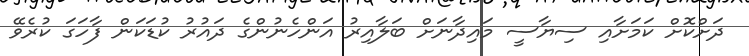
ދަށްކޮށް ކަމަށާއި ސިޔާސީ މައިދާނަށް ބަލާއިރު އަންހެނުންގެ ދައުރު ކުޑަކަން ފާހަގަ ކުރެވޭ